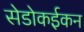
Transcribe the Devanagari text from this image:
सेडोकईकन